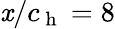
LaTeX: \mathit{x}/c_{\mathrm{{~h~}}}=8